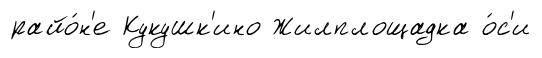
райо́н'е Кукушк'ино Жилплощадка о́с'и